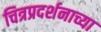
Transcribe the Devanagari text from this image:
चित्रप्रदर्शनाच्या